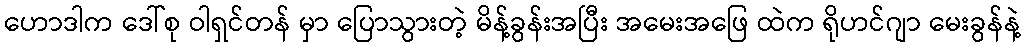
ဟောဒါက ဒေါ်စု ဝါရှင်တန် မှာ ပြောသွားတဲ့ မိန့်ခွန်းအပြီး အမေးအဖြေ ထဲက ရိုဟင်ဂျာ မေးခွန်နဲ့